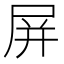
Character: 屏